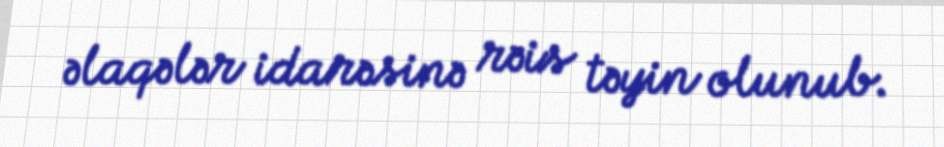
əlaqələr idarəsinə rəis təyin olunub.